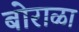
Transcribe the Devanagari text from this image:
बोराळा